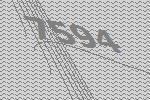
7594